Report of an investigation into the causes of malaria in Bombay and the measures necessary for its control
Disease focus: Malaria
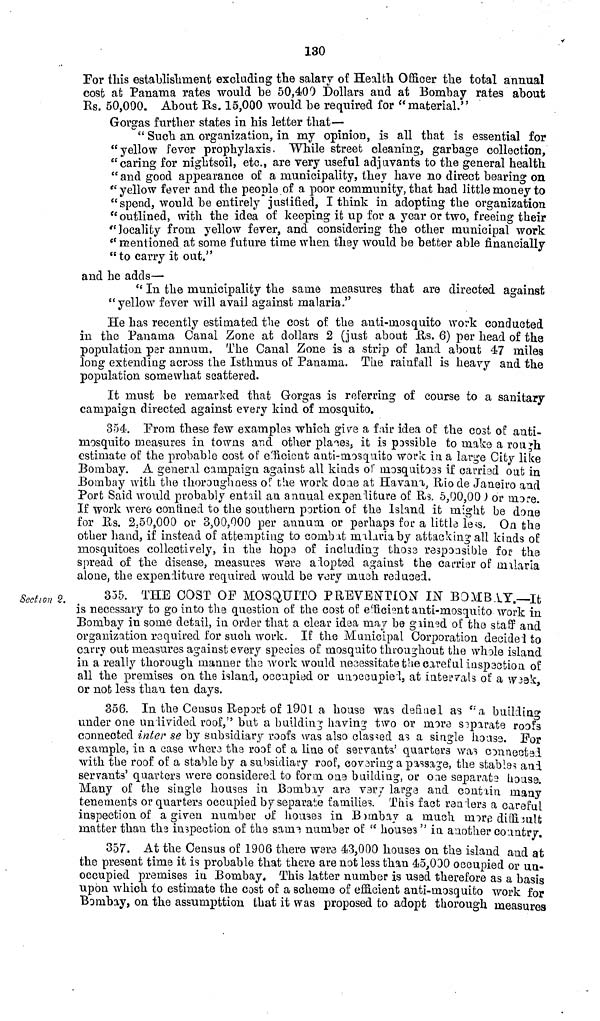
130
For this establishment excluding the salary of Health Officer the total annual
cost at Panama rates would be 50,400 Dollars and at Bombay rates about
Rs. 50,000. About Rs. 15,000 would be required for "material."
Gorgas further states in his letter that—
" Such an organization, in my opinion, is all that is essential for
"yellow fever prophylaxis. While street cleaning, garbage collection,
"caring for nightsoil, etc., are very useful adjuvants to the general health
" and good appearance of a municipality, they have no direct bearing on
" yellow fever and the people of a poor community, that had little money to
"spend, would be entirely justified, I think in adopting the organization
" outlined, with the idea of keeping it up for a year or two, freeing their
"locality from yellow fever, and considering the other municipal work
" mentioned at some future time when they would be better able financially
"to carry it out."
and he adds—
" In the municipality the same measures that are directed against
"yellow fever will avail against malaria."
He has recently estimated the cost of the anti-mosquito work conducted
in the Panama Canal Zone at dollars 2 (just about 11s. 6) per head of the
population par annum. The Canal Zone is a strip of land about 47 miles
long extending across the Isthmus of Panama. The rainfall is heavy and the
population somewhat scattered.
It must be remarked that Gorgas is referring of course to a sanitary
campaign directed against every kind of mosquito.
354. Prom these few examples which give a fair idea of the cost of anti-
mosquito measures in towns and other places, it is possible to make a rough
estimate of the probable cost of efficient anti-mosquito work in a large City like
Bombay. A general campaign against; all kinds of mosquito33 if carried oat in
.Bombay with the thoroughness of the work done at Havana, Rio de Janeiro and
Port Said would probably entail an annual expenditure of Rs. 5,00,00) or more.
If work were confined to the southern portion of the Island it might be done
for Rs. 2,50,000 or 3,00,000 per annum or perhaps for a little less. On the
other hand, if instead of attempting to combat malaria by attacking all kinds of
mosquitoes collectively, in the hope of including those responsible for the
spread of the disease, measures were adopted against the carrier of malaria
alone, the expenditure required would be very much reduced.
Section 2.
355. THE COST OF MOSQUITO PREVENTION" IN BOMBAY.—It
is necessary to go into the question of the cost of of efficient anti-mosc[uito work in
Bombay in some detail, in order that a clear idea may be gained of the staff and
organization required for such work. If the Municipal Corporation decided to
carry out measures against every species of mosquito throughout the whole island
in a really thorough manner the work would necessitate the careful inspection of
all the premises on the island, occupied or unoccupied, at intervals of a week
or not less than ten days.
356. In the Census Report of 1901 a house was defined as "a building
under one undivided roof," but a building having two or more separate root's
connected inter se by subsidiary roofs was also classed as a single house. For
example, in a case where the roof of a line of servants' quarters was connected
with the roof of a stable by a subsidiary roof, covering a passage, the stables and
servants' quarters were considered to form one building, or one separate house.
Many of the single houses in Bombay are very large and contain many
tenements or quarters occupied by separate families. This fact renders a careful
inspection of a given number of houses in Bombay a much more difficult
matter than the inspection of the same number of " houses " in another country.
357. At the Census of 1906 there were 43,000 houses on the island and at
the present time it is probable that there are not less than 45,000 occupied or un-
occupied premises in Bombay, This latter number is used therefore as a basis
upon which to estimate the cost of a scheme of efficient anti-mosquito work for
Bombay, on the assumption that it was proposed to adopt thorough measures